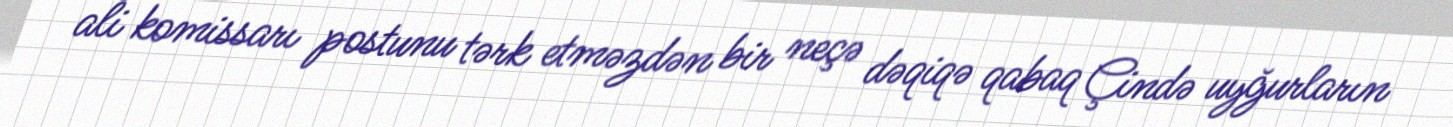
ali komissarı postunu tərk etməzdən bir neçə dəqiqə qabaq Çində uyğurların